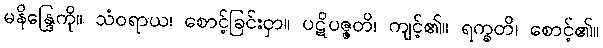
မနိန္ဒြေကို။ သံဝရာယ၊ စောင့်ခြင်းငှာ။ ပဋိပဇ္ဇတိ၊ ကျင့်၏။ ရက္ခတိ၊ စောင့်၏။